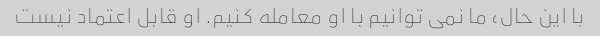
با این حال، ما نمی توانیم با او معامله کنیم. او قابل اعتماد نیست